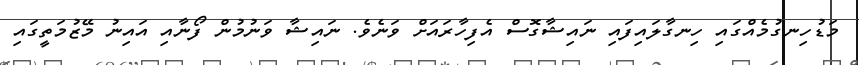
މަޑުހިނގުމެއްގައި ހިނގާލައިފައި ނައިޝާގޮސް އެފިހާރައަށް ވަނެވެ. ނައިޝާ ވަނުމުން ފޯނާއި އައިނު މޭޒުމަތީގައި